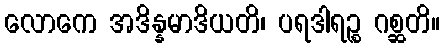
လောကေ အဒိန္နမာဒိယတိ၊ ပရဒါရဉ္စ ဂစ္ဆတိ။